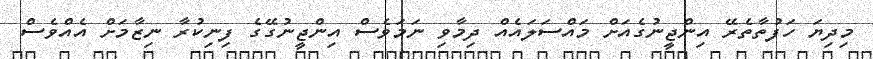
މިދިޔަ ހަފުތާތެރޭ އިންޖީނުގެއަށް މައްސަލައެއް ދިމާވި ނަމަވެސް އިންޖީނުގޭގެ ފިނިކުރާ ނިޒާމަށް އެއްވެސް